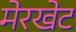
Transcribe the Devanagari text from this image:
मेरखेट